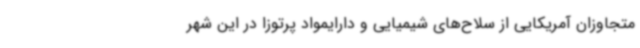
متجاوزان آمریکایی از سلاح‌های شیمیایی و دارایمواد پرتوزا در این شهر